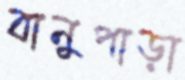
বানুপাড়া